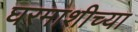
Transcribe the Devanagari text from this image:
घरमाशीच्या